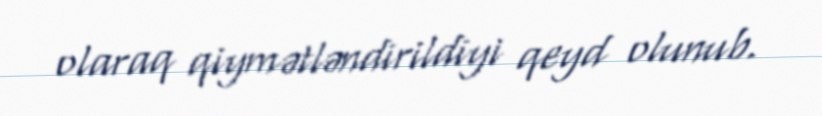
olaraq qiymətləndirildiyi qeyd olunub.